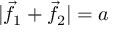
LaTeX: | { \vec { f } } _ { 1 } + { \vec { f } } _ { 2 } | = a